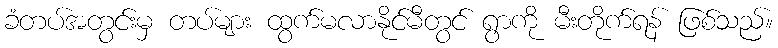
ခံတပ်အတွင်းမှ တပ်များ ထွက်မလာနိုင်မီတွင် ရွာကို မီးတိုက်ရန် ဖြစ်သည်။